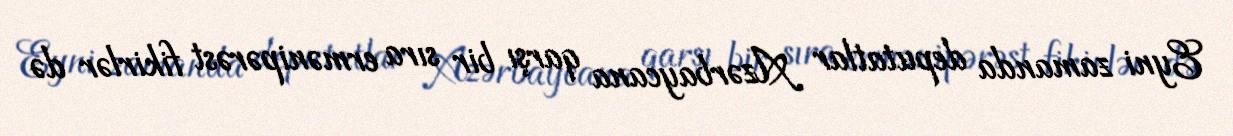
Eyni zamanda deputatlar Azərbaycana qarşı bir sıra ermənipərəst fikirlər də